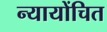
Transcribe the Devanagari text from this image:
न्‍यायोंचित